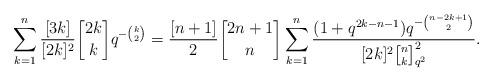
LaTeX: \begin{align*}\sum_{k=1}^{n}\frac{[3k]}{[2k]^2}{2k\brack k}q^{-{k\choose 2}}=\frac{[n+1]}{2}{2n+1\brack n}\sum_{k=1}^{n}\frac{(1+q^{2k-n-1})q^{-{n-2k+1\choose 2}}}{[2k]^2{n\brack k}_{q^2}^2}.\end{align*}